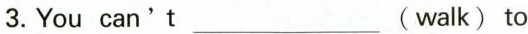
3.You can't___(walk) to